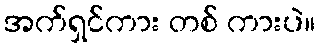
အက်ရှင်ကား တစ် ကားပဲ။